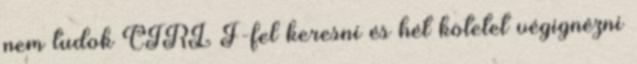
nem tudok CTRL F-fel keresni és hét kötetet végignézni